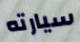
سيارته